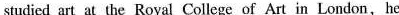
studied art at the Royal College of Art in London, he